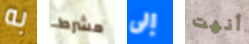
به مشرط إلى أنهت